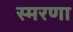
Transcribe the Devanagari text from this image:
स्मरणा